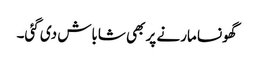
گھونسا مارنے پر بھی شاباش دی گئی۔